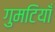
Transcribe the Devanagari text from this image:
गुमटियाँ